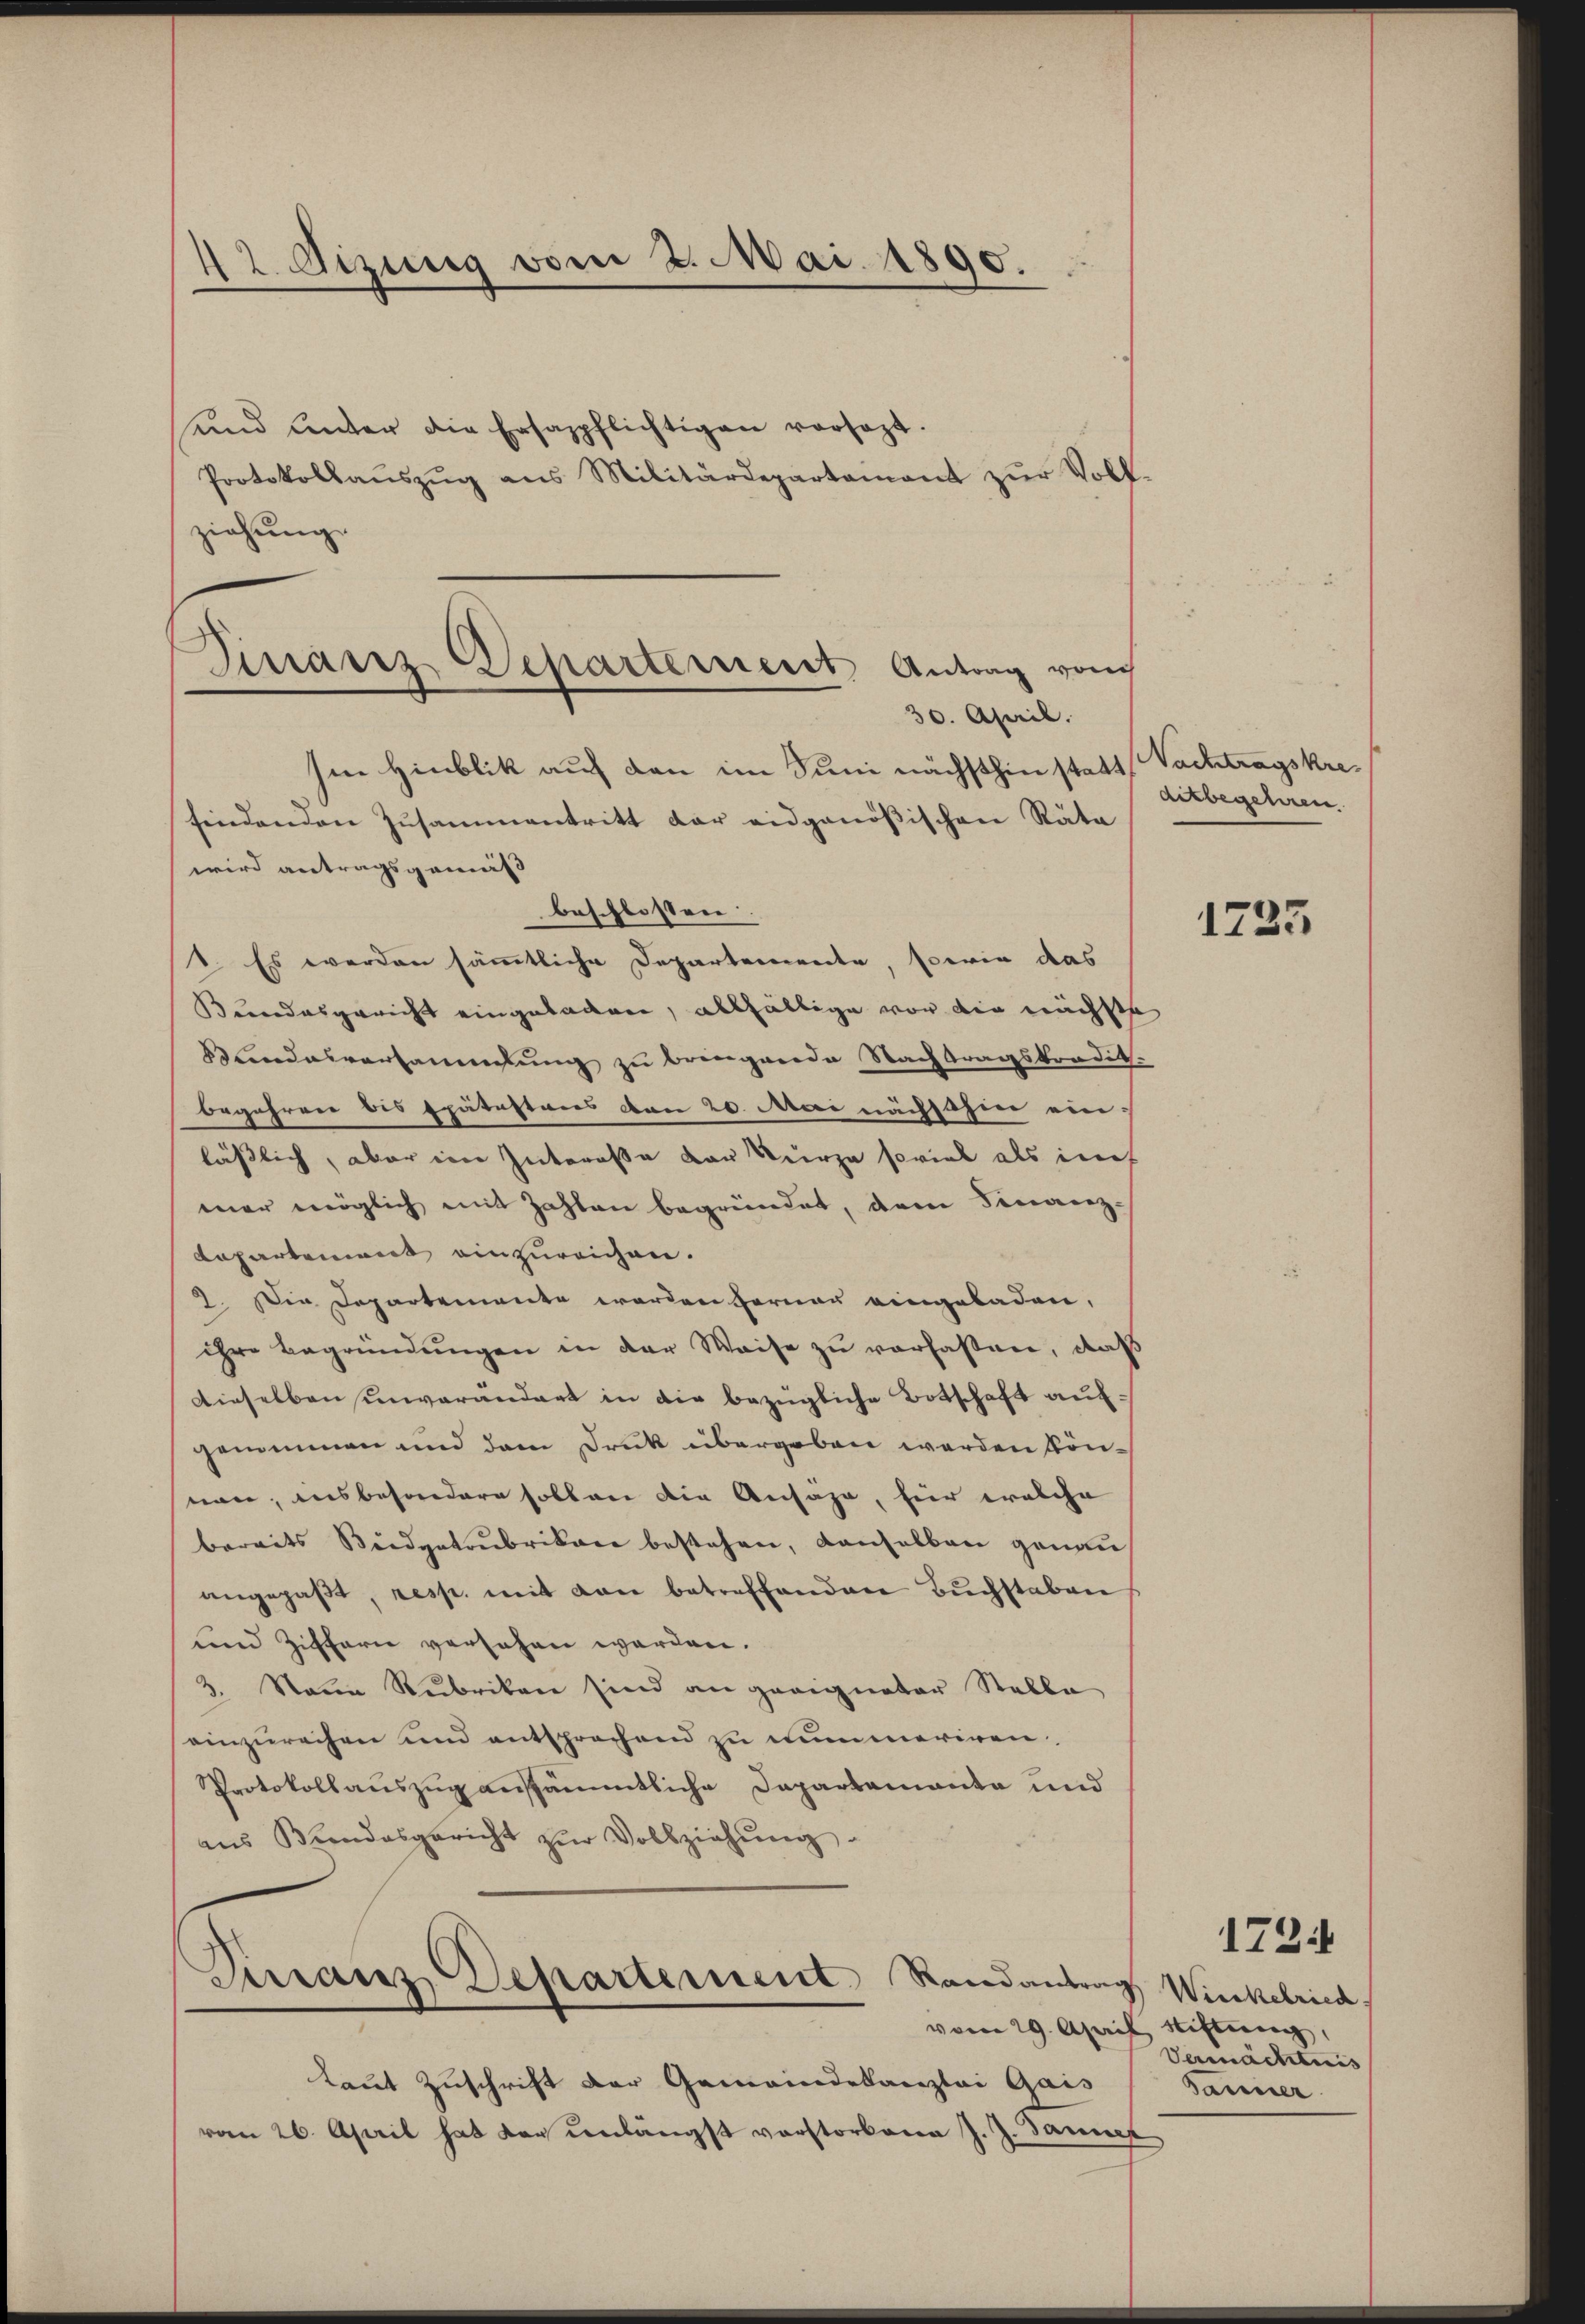
12. Sitzung vom 2. Mai 1890.
und unter die Ersazpflichtigen vorsezt.
Protokollaŭszŭg ans Militärdepartament zŭr Voll-

ziehung.

Finanz-Departement, Antrag von
30. April.

Ien Hinblik auf den im Juni nächsthin statt,
findenden Zusammentritt der eidgenößischen Rata
wird antragsgemäß
beschlossen.
1. Es werden sämmtliche Departemente, sowie das
Bundesgericht eingetagen, allfällige vor die nächste
Lindesversammlung zu bringende Nachtragskrondit-
begehren bis spätestares von 20. Mai nächsthin einläßlich, aber im Intereße der kurze soviel als inf
mer möglich mit Zahlen begründet, dem Finanz-
Lopartement einzureichen.
2. Die Departemente werden ferner eingeladen,
ihre Begründungen in der Waise zu verfassen, daß
Dieselben unverändert in die bezügliche Botschaft aufgenommen und dem Druk übergeben werden könnon, insbesondere sollen die Ansage, hier welche
bereits Büdgetrubrikon bestehen, anselben genau,
angepaβt, resp. mit den betreffenden Buchstaben
und Zifferne versehen werden.
2. Name Rubrikan sind an geeigneter Stelle
einzureihen und entsprechend zu nunmeriren.
Protokollauszug aussämmtliche Dapartementa und
ans Bundesgericht zŭr Vollziehŭng

Sirraus Departement Randantrag Winkelried

Laut Zuschrift der Gemeindekanzlei Gais
vom 26. April hat der unlängst vorstorbene J. J. Danec

Nachtragskre
ditbegehren.

1725

vom 29. April, Stiftung,
Vermächtnis
Tanner

1721